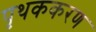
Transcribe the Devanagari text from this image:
पृथककरण